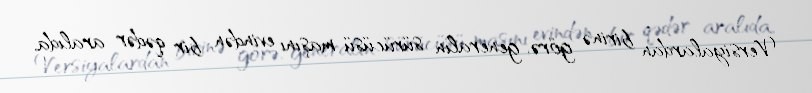
Versiyalardan birinə görə, generalın sürücüsü maşını evindən bir qədər aralıda,